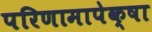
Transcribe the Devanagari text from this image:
परिणामापेक्षा